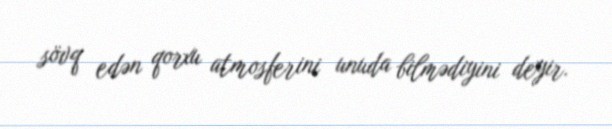
sövq edən qorxu atmosferini unuda bilmədiyini deyir.